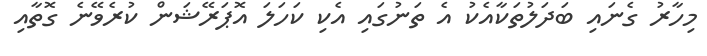
މިހާރު ގެނައި ބަދަލުތަކާއެކު އެ ތަނުގައި އެކި ކަހަލަ އޮޕަރޭޝަން ކުރެވޭނެ ގޮތާއި